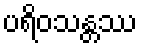
ပရိဝသန္တဿ